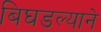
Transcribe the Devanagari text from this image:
बिघडल्याने